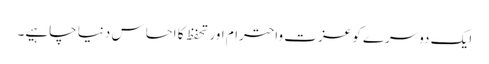
ایک دوسرے کو عزت واحترام اور تحفظ کا احساس دنیا چاہیے۔